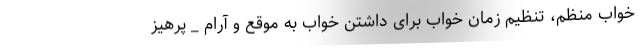
خواب منظم، تنظیم زمان خواب برای داشتن خواب به موقع و آرام _ پرهیز